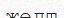
желт